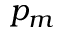
p _ { m }